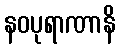
နဝပုရာဏာနိ